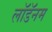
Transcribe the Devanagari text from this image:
लॉडॅनम